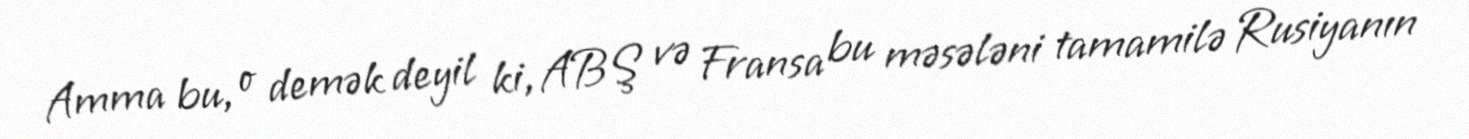
Amma bu, o demək deyil ki, ABŞ və Fransa bu məsələni tamamilə Rusiyanın